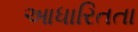
આધારિતતા